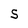
Character: S